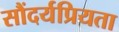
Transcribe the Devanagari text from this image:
सौंदर्यप्रियता